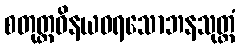
စတုတ္ထဝိနယဓရသောဘနသုတ္တံ